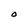
Character: O